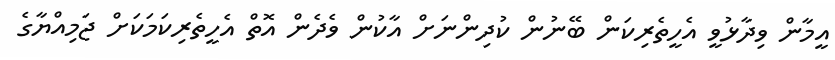
އީމާން ވިދާޅުވީ އެހީތެރިކަން ބޭނުން ކުދިންނަށް އާކުން ވެދެން އޮތް އެހީތެރިކަމަކަށް ޖަމިއްޔާގެ